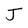
Character: J